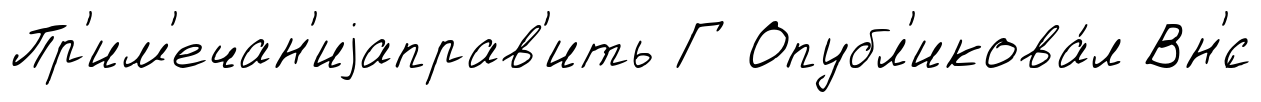
Пр'им'ечан'иjаправ'ить Г Опубл'икова́л Вн'́с